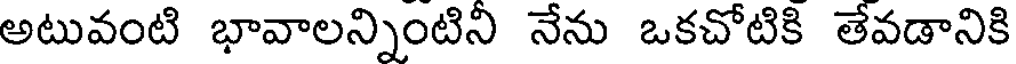
అటువంటి భావాలన్నింటిని నేను ఒకచోటికి తేవడానికి